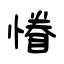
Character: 慻